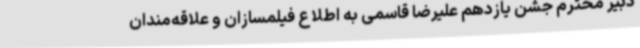
دبیر محترم جشن یازدهم علیرضا قاسمی به اطلاع فیلمسازان و علاقه‌مندان